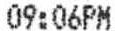
09:06PM